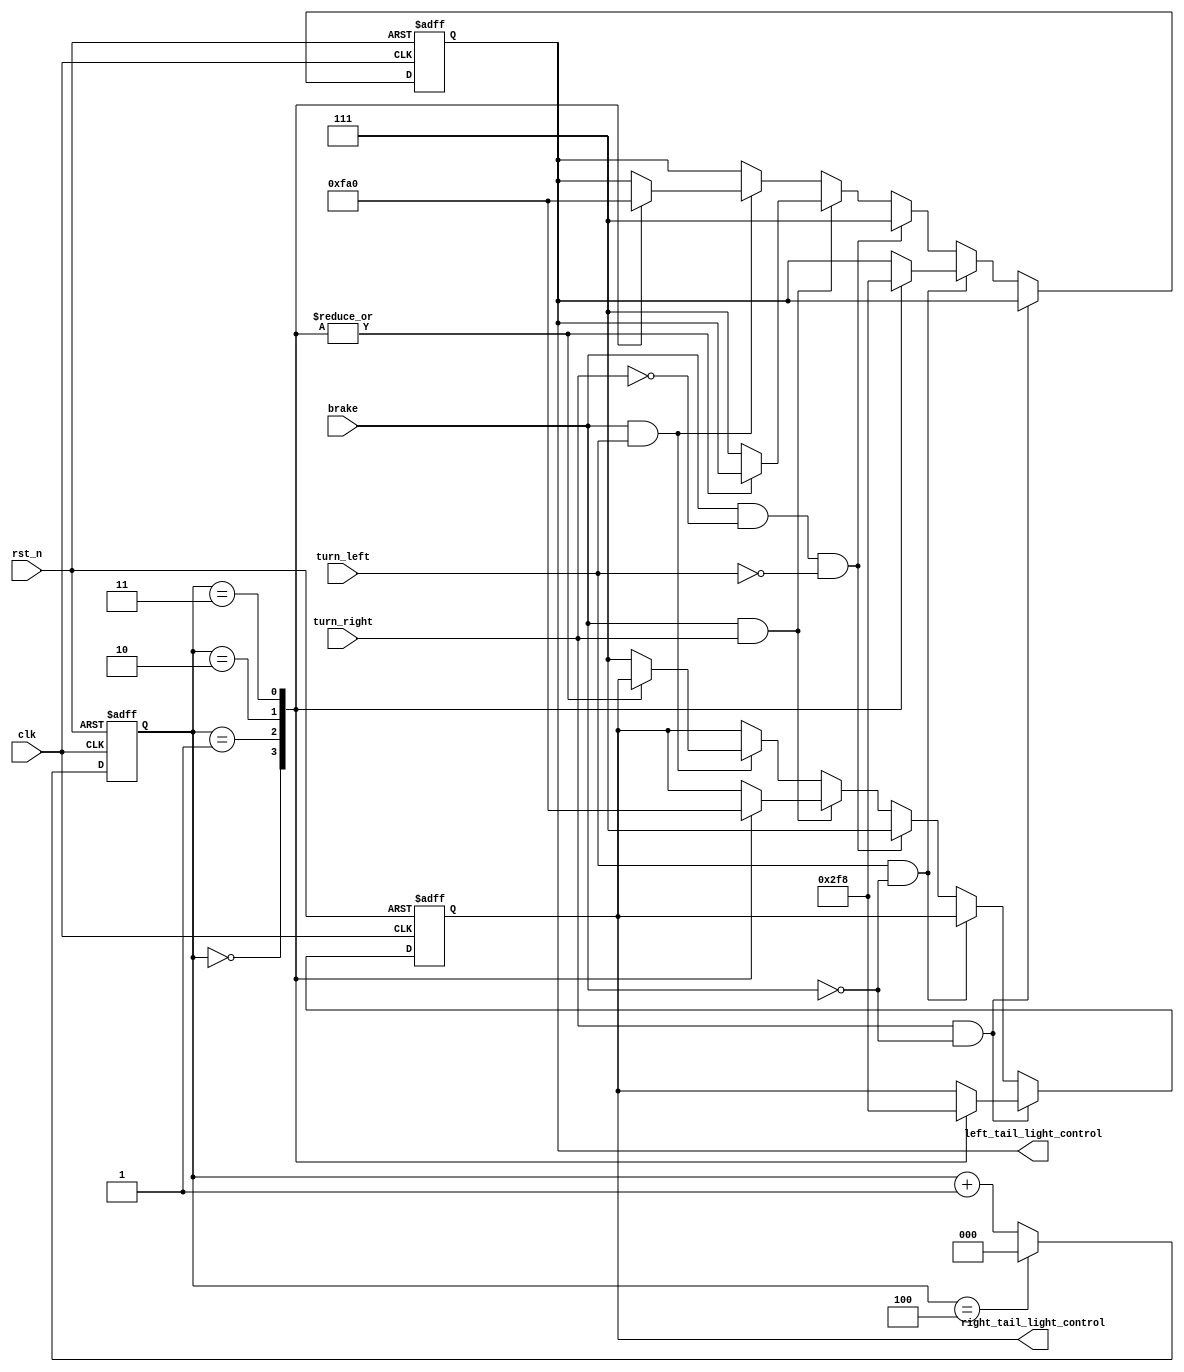
`timescale 1ns / 1ps

module  MustangTLC ( clk, rst_n, brake, turn_right, turn_left , right_tail_light_control, left_tail_light_control);
 //Port Declaration
input  clk, rst_n, turn_right, turn_left, brake;  
 output [0:2]  right_tail_light_control;
 output [0:2]  left_tail_light_control;
//Clock cycle count
reg [2:0] count=3'b000;
//port datatypes
 reg [0:2]  right_tail_light_control;
 reg [0:2]  left_tail_light_control;
 wire clk, rst_n, brake,turn_right, turn_left;

always @(posedge clk or negedge rst_n)
	begin
	 if(~rst_n)
	    count <= 3'b000;
	 else if(count==3'b100)
	    count <= 3'b000;
	 else
	    count <= count + 1;
	end
//Sequential Logic
 always @ (posedge clk or negedge rst_n) 
	begin
	 if (~rst_n) 
	  begin
	
        right_tail_light_control <=3'b000;
	left_tail_light_control <=3'b000;
        
	   end
	 else begin
	      if(turn_right && ~brake) //when right turn triggered
		 case(count)
	 	     3'b000: right_tail_light_control <=3'b001;
	
		     3'b001: right_tail_light_control <=3'b011;
	 
		     3'b010: right_tail_light_control <=3'b111;
	 
	 	     3'b011: right_tail_light_control <=3'b000;
	 
		 endcase
	else if(turn_left && ~brake) //when left turn triggered

	      case(count)
	 	     3'b000: left_tail_light_control <=3'b001;
	
		     3'b001: left_tail_light_control <=3'b011;
	 
		     3'b010: left_tail_light_control <=3'b111;
	 
	 	     3'b011: left_tail_light_control <=3'b000;
	 
		 endcase
	else if(brake && ~turn_right && ~turn_left) //when brake is triggered

	 begin
	  right_tail_light_control <=3'b111;
	  left_tail_light_control <=3'b111;
	end 
	else if(brake && turn_right ) //when brake and right turn is triggered
		
		case(count)
	 	     3'b000: right_tail_light_control <=3'b111;
	
		     3'b001: right_tail_light_control <=3'b110;
	 
		     3'b010: right_tail_light_control <=3'b100;
	 
	 	     3'b011: right_tail_light_control <=3'b000;
		     default: left_tail_light_control <=3'b111;
	 
		 endcase
	
	else if(brake && turn_left) //when brake and left turn is triggered
		case(count)
	 	     3'b000: left_tail_light_control <=3'b111;
	
		     3'b001: left_tail_light_control <=3'b110;
	 
		     3'b010: left_tail_light_control <=3'b100;
	 
	 	     3'b011: left_tail_light_control <=3'b000;
		     default: right_tail_light_control <=3'b111;
	 
		 endcase
   end
end
endmodule